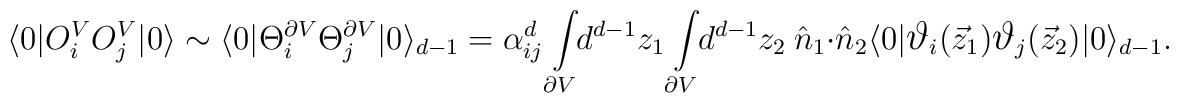
\langle 0|O_i^{V}O_j^{V}|0\rangle \sim    \langle 0|\Theta_i^{\partial V}\Theta_j^{\partial V}|0\rangle_{d-1}=     \alpha^d_{ij} \int\limits_{\partial V}\!\! d^{d-1} z_1    \int\limits_{\partial V}\!\! d^{d-1} z_2~\hat n_1 \cdot\hat n_2        \langle 0|\hbox{\large$\vartheta$}_i(\vec{z}_1)        \hbox{\large$\vartheta$}_j(\vec{z}_2)|0\rangle_{d-1}.